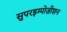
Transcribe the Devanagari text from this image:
सुपरइम्पोज़ीशन